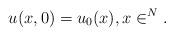
LaTeX: \begin{align*}u(x,0)=u_0(x), x\in\real^N.\end{align*}